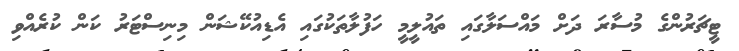
ޓީޗަރުންގެ މުސާރަ ދަށް މައްސަލާގައި ތައުލީމީ ހަފުލާތަކުގައި އެޑިއުކޭޝަން މިނިސްޓަރު ކަން ކުރެއްވި